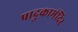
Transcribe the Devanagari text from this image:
पादुकामंदिर